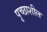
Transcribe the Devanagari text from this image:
पृच्छाशील